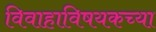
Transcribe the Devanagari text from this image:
विवाहाविषयकच्या